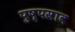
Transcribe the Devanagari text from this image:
पुष्पस्राव